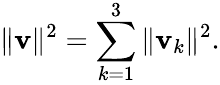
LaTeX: \| \mathbf{v}\| ^{2}=\sum_{k=1}^{3}\| \mathbf{v}_{k}\| ^{2}.